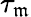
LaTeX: \tau_{\mathfrak{m}}